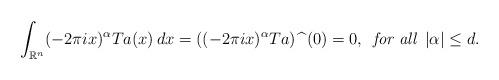
LaTeX: \begin{align*}\int_{\mathbb{R}^{n}} (-2\pi i x)^{\alpha} Ta(x) \, dx = ((-2\pi i x)^{\alpha}Ta) \,\, \widehat{} \,\, (0) =0, \,\,\, \textit{for all} \,\,\, |\alpha| \leq d. \end{align*}